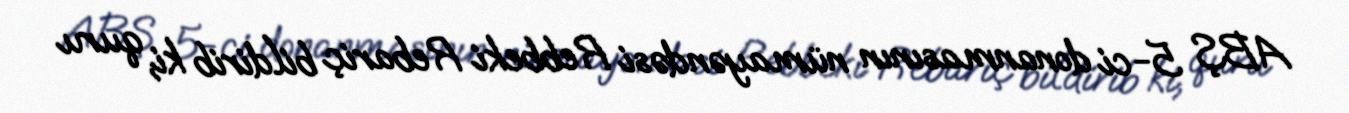
ABŞ 5-ci donanmasının nümayəndəsi Rebbeki Rebariç bildirib ki, quru